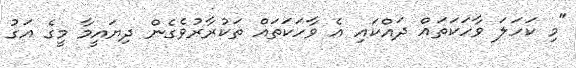
"މި ކަހަލަ ވާހަކަތައް ދައްކައި އެ ވާހަކަތައް ތަކުރާރުވެގެން ދިޔައީމާ މީގެ އަގު